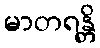
မာတရန္တိ